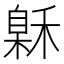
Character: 𰨲